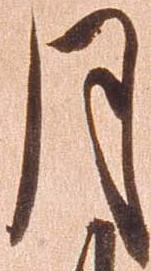
月